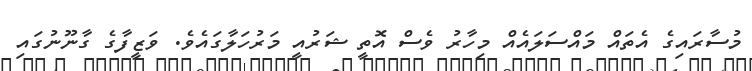
މުސާރައިގެ އެތައް މައްސަލައެއް މިހާރު ވެސް އޮތީ ޝަރުއީ މަރުހަލާގައެވެ. ވަޒީފާގެ ގާނޫނުގައި